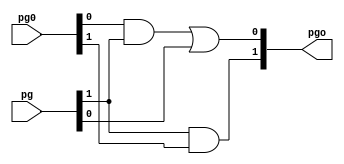
module BlackCell(input [1:0] pg, pg0, output [1:0] pgo);
  
wire and1out;    
and and1(and1out, pg0[0], pg[1]);
or or1(pgo[0], and1out, pg[0]);
and and2(pgo[1], pg[1], pg0[1]);
  
endmodule